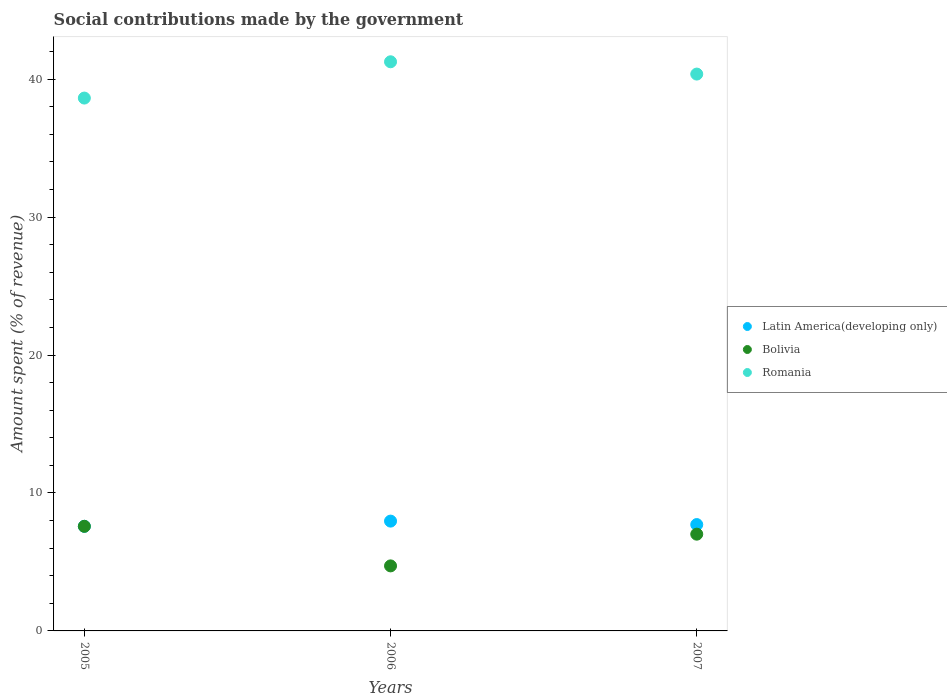
| Years | Latin America(developing only) | Bolivia | Romania |
 | --- | --- | --- | --- |
 | 2005 | 7.58 | 7.58 | 38.6 |
 | 2006 | 7.96 | 4.72 | 41.3 |
 | 2007 | 7.71 | 7.02 | 40.4 |